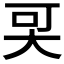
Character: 𡘀